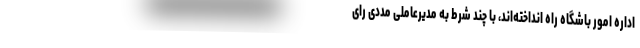
اداره امور باشگاه راه انداخته‌اند، با چند شرط به مدیرعاملی مددی رای